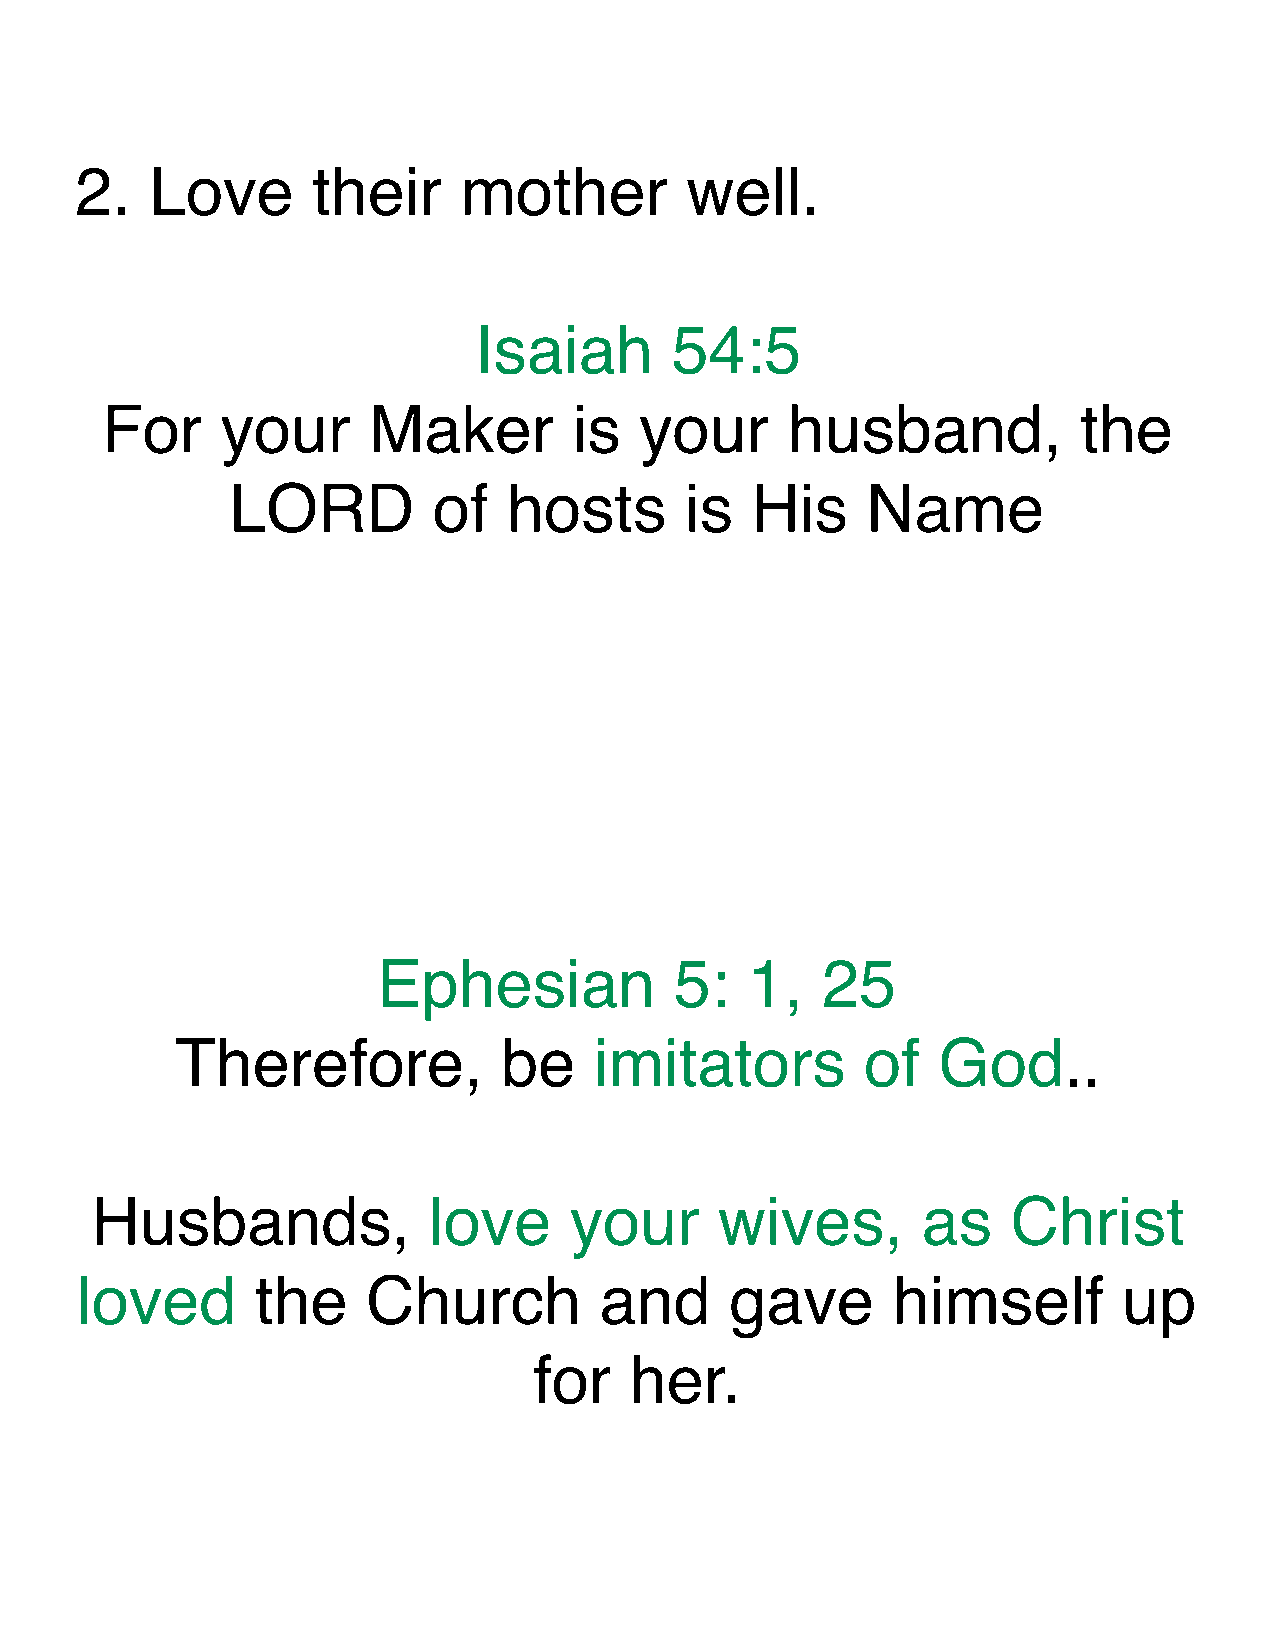
2.   Love       their    mother         well.
 Isaiah       54:5
 For     your     Maker         is  your      husband,            the
 LORD          of   hosts      is   His    Name
 Ephesian            5:   1,  25
 Therefore,           be    imitators         of   God..
 Husbands,             love      your      wives,       as    Christ
 loved       the    Church          and     gave       himself        up
 for    her.